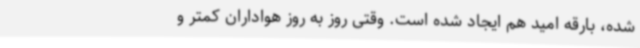
شده، بارقه امید هم ایجاد شده است. وقتی روز به روز هواداران کمتر و